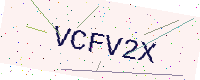
Text: VCFV2X